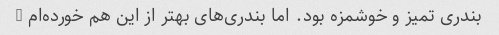
بندری تمیز و خوشمزه بود. اما بندری‌های بهتر از این هم خورده‌ام …